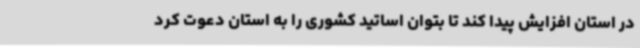
در استان افزایش پیدا کند تا بتوان اساتید کشوری را به استان دعوت کرد